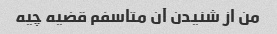
من از شنیدن آن متاسفم قضیه چیه